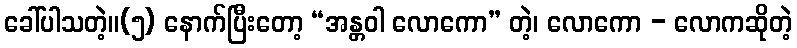
ခေါ်ပါသတဲ့။(၅) နောက်ပြီးတော့ “အန္တဝါ လောကော” တဲ့၊ လောကော - လောကဆိုတဲ့